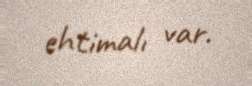
ehtimalı var.